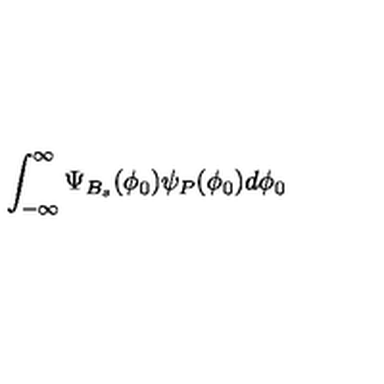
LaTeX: \int _ { - \infty } ^ { \infty } \Psi _ { B _ { s } } ( \phi _ { 0 } ) \psi _ { P } ( \phi _ { 0 } ) d \phi _ { 0 }